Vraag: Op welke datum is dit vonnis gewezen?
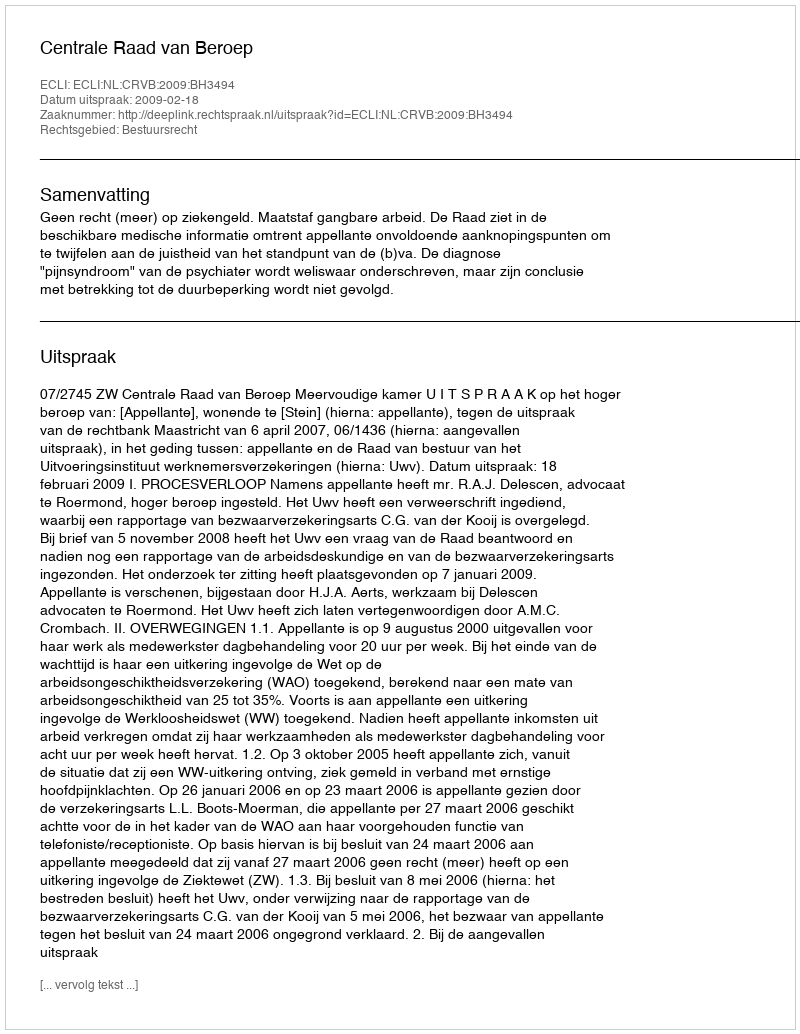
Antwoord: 2009-02-18